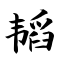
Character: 韬